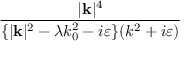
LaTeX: \frac { | \mathbf { k } | ^ { 4 } } { \{ | \mathbf { k } | ^ { 2 } - \lambda k _ { 0 } ^ { 2 } - i \varepsilon \} ( k ^ { 2 } + i \varepsilon ) }